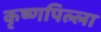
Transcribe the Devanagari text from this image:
कृष्णपिल्ला